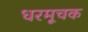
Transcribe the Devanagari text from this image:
धरमूचक